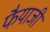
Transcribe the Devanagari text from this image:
फैयाजी